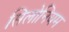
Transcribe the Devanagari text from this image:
सिलोनियम